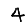
Digit: 4